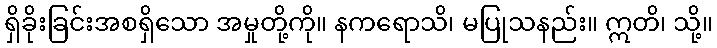
ရှိခိုးခြင်းအစရှိသော အမှုတို့ကို။ နကရောသိ၊ မပြုသနည်း။ ဣတိ၊ သို့။